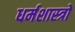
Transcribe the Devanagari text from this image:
धर्मशास्‍त्रों